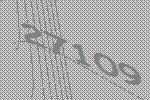
27109